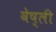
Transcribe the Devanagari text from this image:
वेष्ली